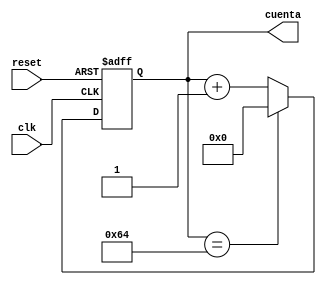
`timescale 1ns / 1ps

module contador_10_bits
	# (parameter N = 7)
	(
		input wire clk,
		input wire reset,
		//output reg rco,
		output reg [N-1:0] cuenta = 7'd0
		);
		
		reg [N-1:0] cuenta_next = 7'd0;
	
	always@ ( posedge clk, negedge reset)
	
		if (reset == 1'b0)
			cuenta <= 7'd0;
			
	    else
			cuenta <= cuenta_next;
			
    always@* begin
		if (cuenta == 7'd100) 
			cuenta_next = 7'd0;
	   else
			cuenta_next = cuenta + 7'd1;
    
		/*if (cuenta != 7'd100)
			 rco <= 1'd1;
		else 
			 rco <= 1'd0;*/
	end
			
endmodule